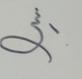
Signature authenticity: forged